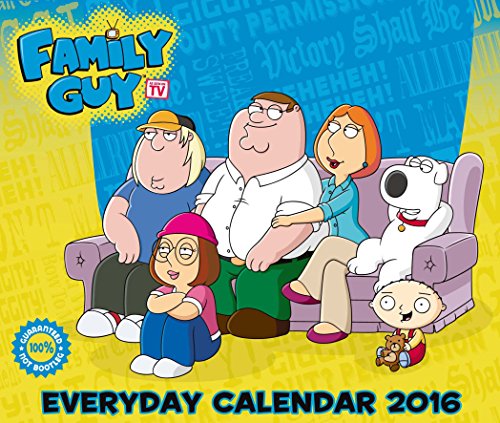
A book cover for The Official Family Guy 2016 Desk Block Calendar; Calendars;